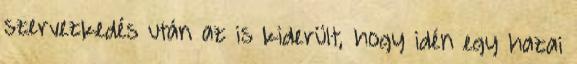
szervezkedés után az is kiderült, hogy idén egy hazai